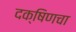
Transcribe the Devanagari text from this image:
दक्षिणचा